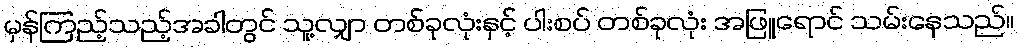
မှန်ကြည့်သည့်အခါတွင် သူ့လျှာ တစ်ခုလုံးနှင့် ပါးစပ် တစ်ခုလုံး အဖြူရောင် သမ်းနေသည်။